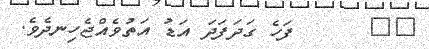
٣٤      ފަހެ ގަދަފަދަ އަޑު އަތުވެއްޖެހިނދެވެ.